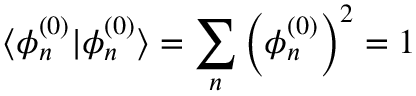
\langle \phi _ { n } ^ { ( 0 ) } | \phi _ { n } ^ { ( 0 ) } \rangle = \sum _ { n } \left( \phi _ { n } ^ { ( 0 ) } \right) ^ { 2 } = 1